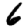
Digit: 6